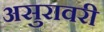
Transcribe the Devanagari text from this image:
असुरावरी